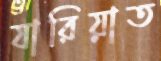
যারিয়াত